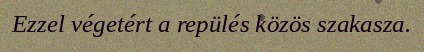
Ezzel végetért a repülés közös szakasza.